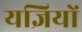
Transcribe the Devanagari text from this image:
यज्ञियों